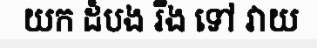
យក ដំបង រឹង ទៅ វាយ